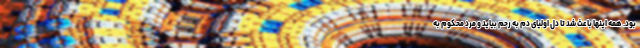
بود. همه اینها باعث شد تا دل اولیای دم به رحم بیاید و مرد محکوم به